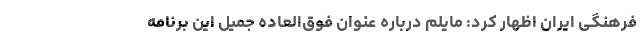
فرهنگی ایران اظهار کرد: مایلم درباره عنوان فوق‌العاده جمیل این برنامه